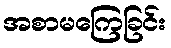
အစာမကြေခြင်း